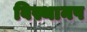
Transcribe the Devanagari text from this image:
विस्थानप